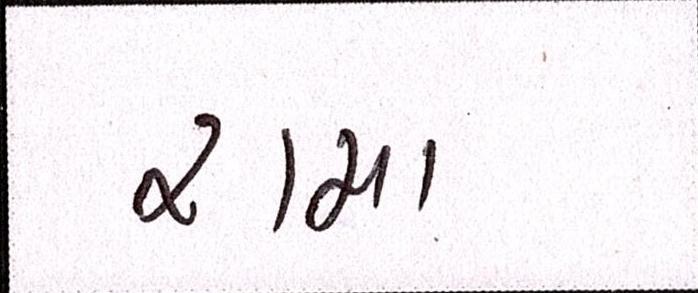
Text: રામા